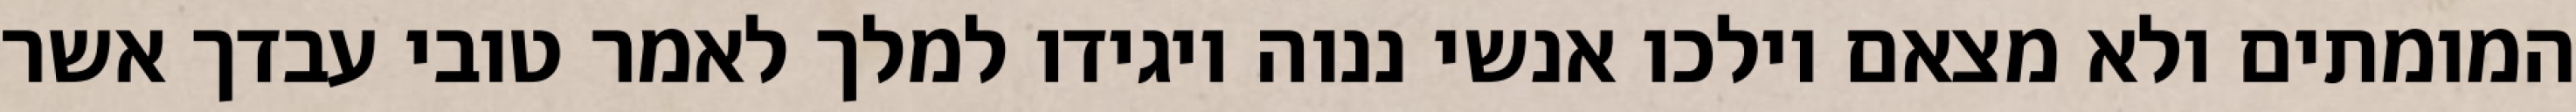
המומתים ולא מצאם וילכו אנשי ננוה ויגידו למלך לאמר טובי עבדך אשר